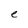
Character: e